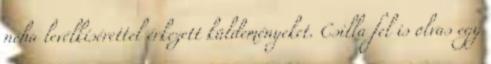
néha levélkísérettel érkezett küldeményeket. Csilla fel is olvas egy